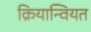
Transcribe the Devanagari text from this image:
क्रियान्वियत